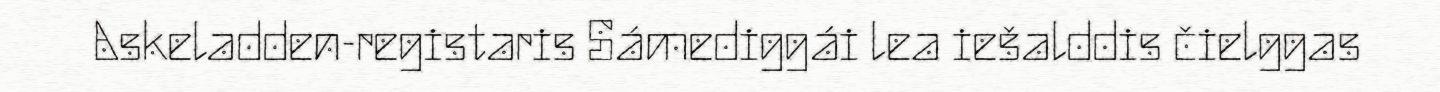
Askeladden-registaris Sámediggái lea iešalddis čielggas